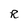
Character: R